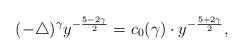
\begin{align*}(-\triangle)^{\gamma}y^{-\frac{5-2\gamma}{2}}=c_0(\gamma)\cdot y^{-\frac{5+2\gamma}{2}},\end{align*}